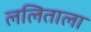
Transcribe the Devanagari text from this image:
ललिताला